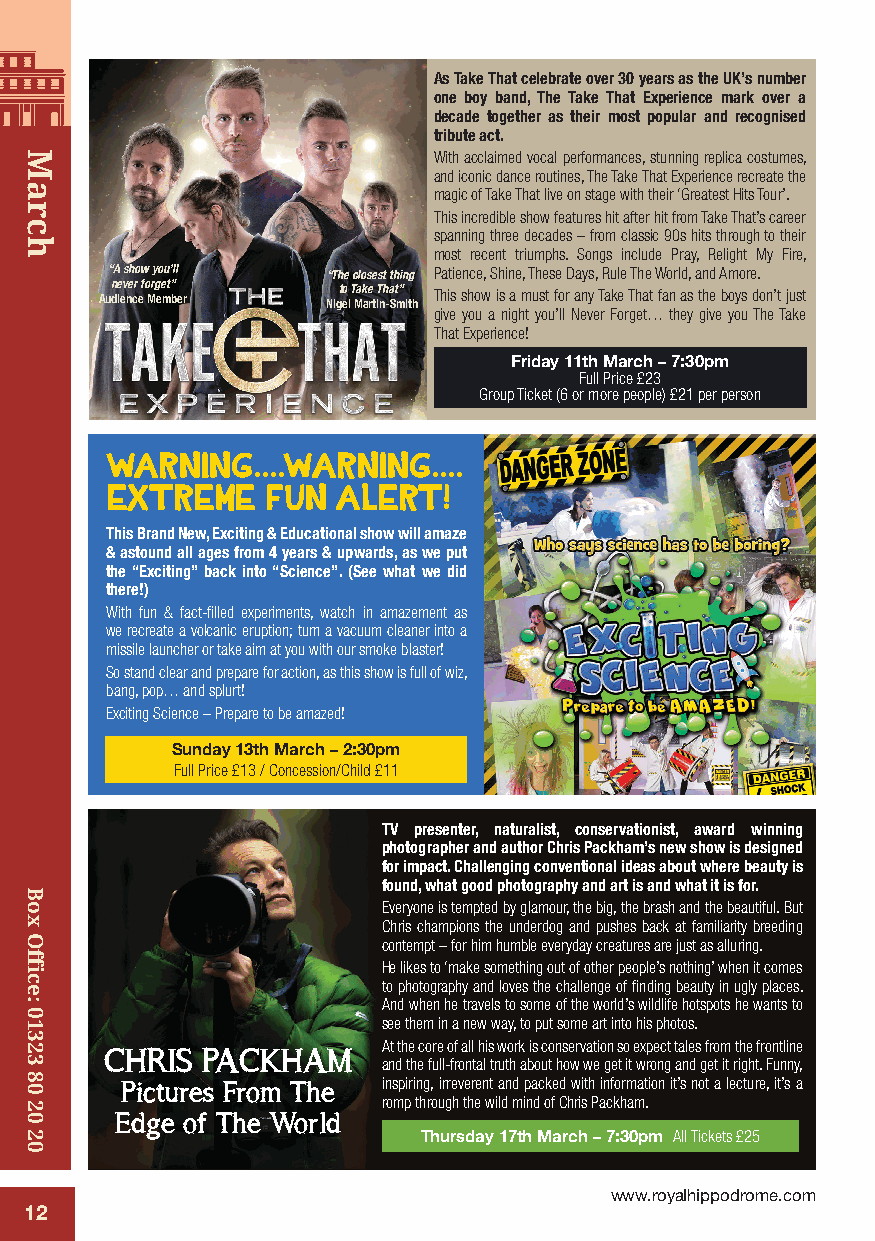
As Take That celebrate over 30 years as the UK’s number
 one boy band, The Take That Experience mark over a
 decade together as their most popular and recognised
 tribute act.
 With acclaimed vocal performances, stunning replica costumes,
 and iconic dance routines, The Take That Experience recreate the
 magic of Take That live on stage with their ‘Greatest Hits Tour’.
 This incredible show features hit after hit from Take That’s career
 spanning three decades – from classic 90s hits through to their
 most recent triumphs. Songs include Pray, Relight My Fire,
 “A show you’ll “The closest thing Patience, Shine, These Days, Rule The World, and Amore.
 Aun de iev ne cr ef o Mrg ee mt” b e r Nigto e lT Mak ae rt T inh -a St m” i th This show is a must for any Take That fan as the boys don’t just
 give you a night you’ll Never Forget… they give you The Take
 That Experience!
 Friday 11th March – 7:30pm
 Full Price £23
 Group Ticket (6 or more people) £21 per person
 WARNING....WARNING....
 EXTREME    FUN ALERT!
 This Brand New, Exciting & Educational show will amaze
 & astound all ages from 4 years & upwards, as we put
 the “Exciting” back into “Science”. (See what we did
 there!)
 With fun & fact-filled experiments, watch in amazement as
 we recreate a volcanic eruption; turn a vacuum cleaner into a
 missile launcher or take aim at you with our smoke blaster!
 So stand clear and prepare for action, as this show is full of wiz,
 bang, pop… and splurt!
 Exciting Science – Prepare to be amazed!
 Sunday 13th March – 2:30pm
 Full Price £13 / Concession/Child £11
 TV presenter, naturalist, conservationist, award winning
 photographer and author Chris Packham’s new show is designed
 for impact. Challenging conventional ideas about where beauty is
 found, what good photography and art is and what it is for.
 Everyone is tempted by glamour, the big, the brash and the beautiful. But
 Chris champions the underdog and pushes back at familiarity breeding
 contempt – for him humble everyday creatures are just as alluring.
 He likes to ‘make something out of other people’s nothing’ when it comes
 to photography and loves the challenge of finding beauty in ugly places.
 And when he travels to some of the world’s wildlife hotspots he wants to
 see them in a new way, to put some art into his photos.
 At the core of all his work is conservation so expect tales from the frontline
 CHRIS PACKHAM
 and the full-frontal truth about how we get it wrong and get it right. Funny,
 Pictures From The inspiring, irreverent and packed with information it’s not a lecture, it’s a
 romp through the wild mind of Chris Packham.
 Edge of The World
 Thursday 17th March – 7:30pm All Tickets £25
 www.royalhippodrome.com
 12
 March
 Box
 Office:
 01323
 80
 20
 20